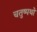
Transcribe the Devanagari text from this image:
चतुष्पथों